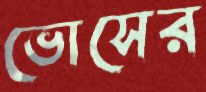
ভোসের